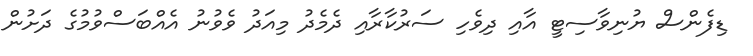
ޑިފެންސް ޔުނިވާސިޓީ އާއި ދިވެހި ސަރުކާރާއި ދެމެދު މިއަދު ވެވުނު އެއްބަސްވުމުގެ ދަށުން